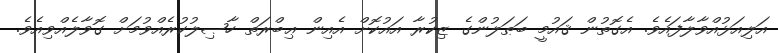
އަލިއަޅުއްވާލާފައެވެ. އެގޮތުން ޤައުމީ ބަޠަލުންގެ ޒިކުރާ އައުކޮށް އެއިން ޢިބްރަތް ހާޞިލުކުރެއްވުމަށް ގޮވާލެއްވިއެވެ.